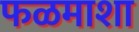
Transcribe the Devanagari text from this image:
फळमाशा